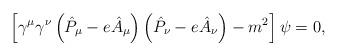
LaTeX: \begin{align*}\left[ \gamma ^{\mu }\gamma ^{\nu }\left( \hat{P}_{\mu }-e\hat{A}_{\mu}\right) \left( \hat{P}_{\nu }-e\hat{A}_{\nu }\right) -m^{2}\right] \psi =0,\end{align*}